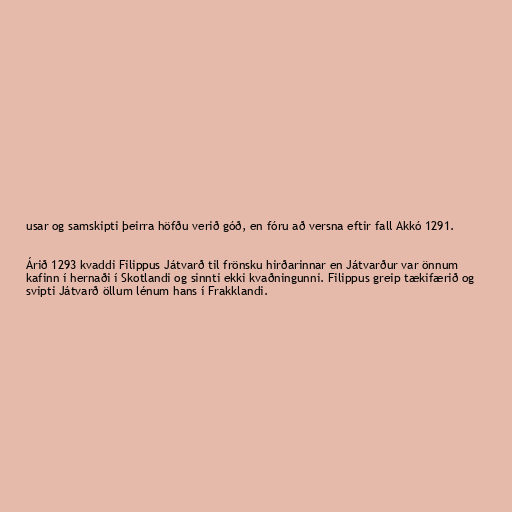
usar og samskipti þeirra höfðu verið góð, en fóru að versna eftir fall Akkó 1291.

Árið 1293 kvaddi Filippus Játvarð til frönsku hirðarinnar en Játvarður var önnum
kafinn í hernaði í Skotlandi og sinnti ekki kvaðningunni. Filippus greip tækifærið og
svipti Játvarð öllum lénum hans í Frakklandi.